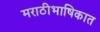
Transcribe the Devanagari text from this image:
मराठीभाषिकात